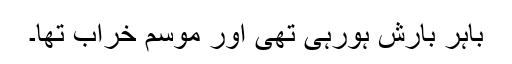
باہر بارش ہورہی تھی اور موسم خراب تھا۔